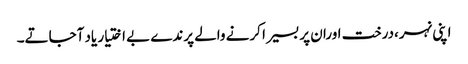
اپنی نہر،درخت اورا ن پر بسیرا کرنے والے پرندے بے اختیار یاد آجاتے۔